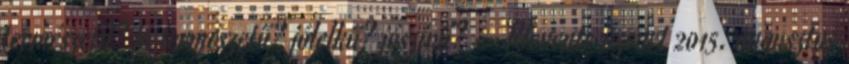
természetű? jó természetű? jólelkű? jószívű? --Rlevente üzenet 2015. augusztus